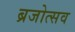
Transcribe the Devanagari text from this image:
ब्रजोत्सव